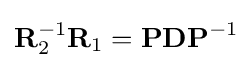
\mathbf {R} _{2}^{-1}\mathbf {R} _{1}=\mathbf {PDP} ^{-1}